Vaccination Hyderabad 1890-1903 - 1890-1903
Year: 1890
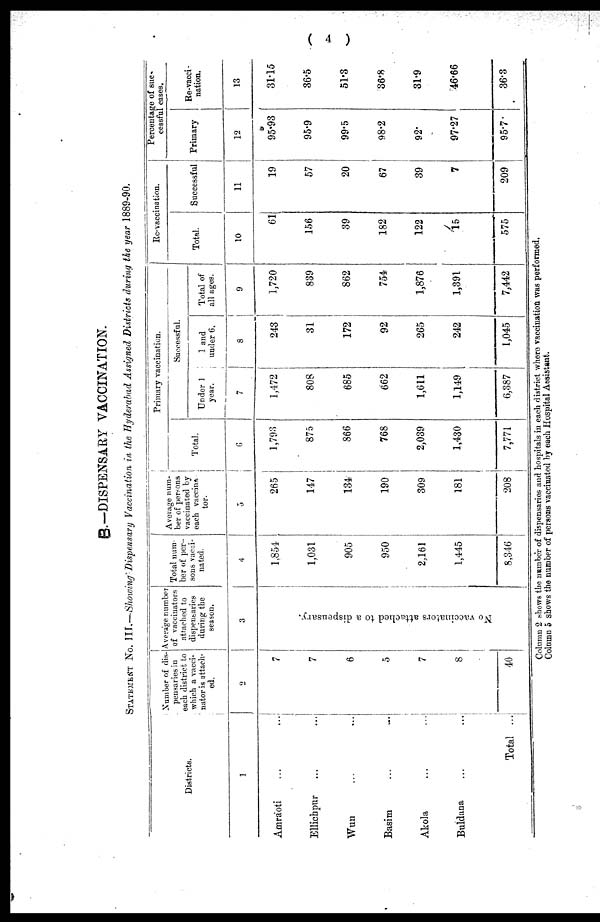
( 4 )
B.—DISPENSARY VACCINATION.
STATEMENT No. III.—Showing Dispensary Vaccination in the Hyderabad Assigned Districts during the year 1889-90.
Districts.
1
Amraoti ... ...
Ellichpur ... ...
Wun ... ...
Basim ... ...
Akola ... ...
Buldana ... ...
Total ...
Number of dis¬
pensaries in
each district to
which a vacci¬
nator is attach-
ed.
2
7
7
6
5
7
8
40
Average number
of vaccinators
attached to
dispensaries
during the
season.
3
No vaccinators attached to a dispensary.
Total num-
ber of per-
sons vacci-
nated.
4
1,854
1,031
905
950
2,161
1,445
8,346
Average num-
ber of persons
vaccinated by
each vaccina¬
tor.
5
265
147
134
190
309
181
208
Primary vaccination.
Total.
6
1,793
875
866
768
2,039
1,430
7,771
Successful.
Under 1
year.
7
1,472
808
685
662
1,611
1,149
6,387
1 and
under 6.
8
243
31
172
92
265
242
1,045
Total of
all ages.
9
1,720
839
862
754
1,876
1,391
7,442
Re-vaccination.
Total.
10
61
156
39
182
122
15
575
Successful
11
19
57
20
67
39
7
209
Percentage of suc¬
cessful cases.
Primary
12
95.93
95.9
99.5
98.2
92.
97.27
95.7
Re-vacci-
nation.
13
31.15
36.5
51.3
36.8
31.9
46.66
36.3
Column 2 shows the number of dispensaries and hospitals in each district where vaccination was performed.
Column 5 shows the number of persons vaccinated by each Hospital Assistant.